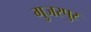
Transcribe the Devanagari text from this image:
गुजरपुर